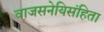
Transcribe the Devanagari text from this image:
वाजसनेयिसंहिता